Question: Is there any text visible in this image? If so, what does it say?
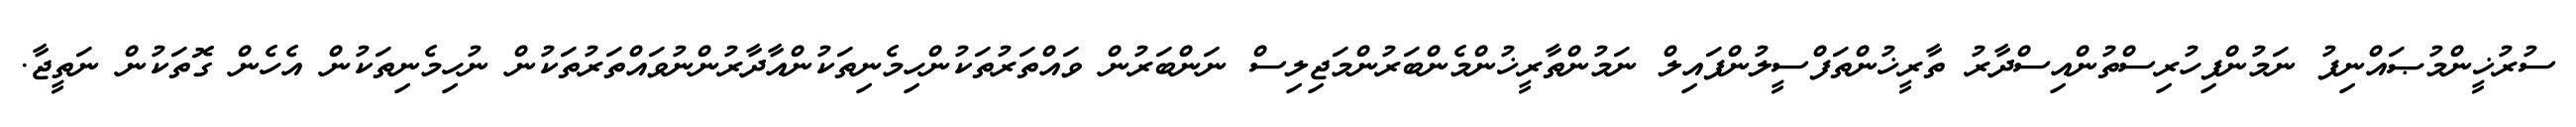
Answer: ސުރުޚީންމުޞައްނިފު ނަމުންފިހުރިސްތުންއިސްދާރު ތާރީޚުންތަފްސީލުންފައިލް ނަމުންތާރީޚުންމެންބަރުންމަޖިލިސް ނަންބަރުން ވައްތަރުތަކުންހިމެނިތަކުންއާދާރުންނުވައްތަރުތަކުން ނުހިމެނިތަކުން އެހެން ގޮތަކުން ނަތީޖާ.